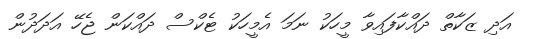
އަދި ޒަކާތް ދައްކާފައިވާ މީހަކު ނަމަ އެމީހަކު ޓެކްސް ދައްކަން ޖެހޭ އަދަދުން